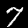
Digit: 7